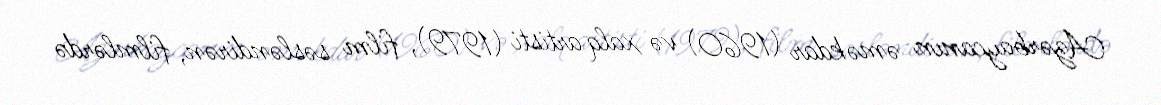
Azərbaycanın əməkdar (1960) və xalq artisti (1979), film səsləndirən, filmlərdə